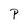
Character: P